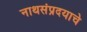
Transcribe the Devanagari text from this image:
नाथसंप्रदयाचे